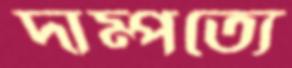
দাম্পত্যে